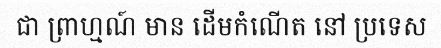
ជា ព្រាហ្មណ៍ មាន ដើមកំណើត នៅ ប្រទេស